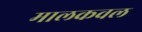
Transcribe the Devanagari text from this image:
मालकवल